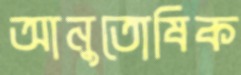
আনুতোষিক